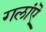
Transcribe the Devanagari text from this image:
गलांऎ